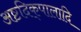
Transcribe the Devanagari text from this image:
अष्टदिक्‌पालादि